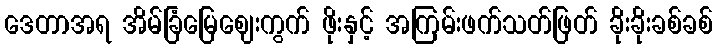
ဒေတာအရ အိမ်ခြံမြေဈေးကွက် ဖိုးနှင့် အကြမ်းဖက်သတ်ဖြတ် ခိုးခိုးခစ်ခစ်